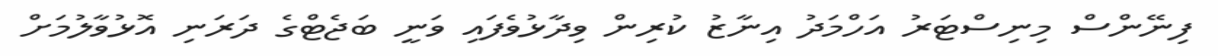
ފިނޭންސް މިނިސްޓަރު އަހްމަދު އިނާޒު ކުރިން ވިދާޅުވެފައި ވަނީ ބަޖެޓްގެ ދަރަނި އޮޅުވާލުމަށް